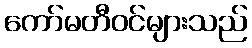
ကော်မတီဝင်များသည်